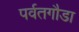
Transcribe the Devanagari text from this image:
पर्वतगौडा